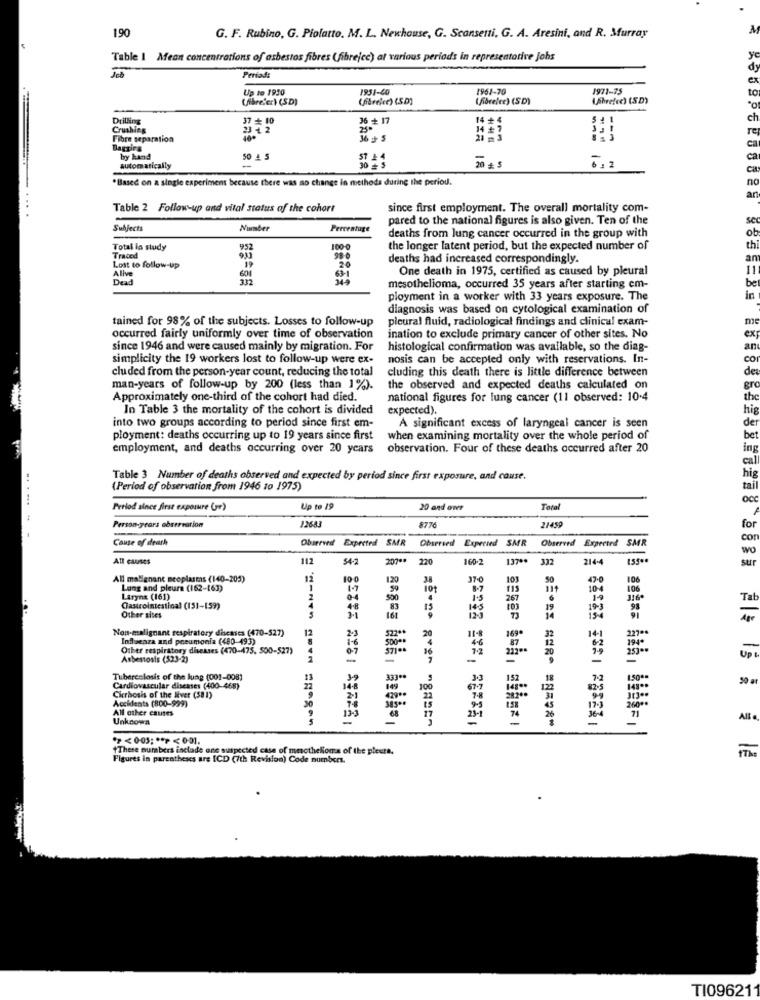
061
G. F. Rubino, G. Piofatto. M. L. Newhouse, G. Scansenti, G. A. Aresini, and R. Murray
Table I Mean concentrations of asbestos fibres (fibrejcc) at various periods in representative Johs
y
dy
Periad:
ex
Up to 1950
1931-40
1961-70
1971-75
to
(fibre'er) (SD)
(fibrefee) (SD)
(fibrelee) (SD)
brefce) (SD)
Drilling
37 + 10
36 + 17
14 +
ch
Crushing
23 42
250
14 # 7
re
Fibre separation
Baggirg
ca
by hand
50
ca
automatically
20 + 5
6,2
ca
.Based on a single experiment because there was no change in methods during the period.
no
ar
Table 2 Follow-up and vital status of the cohort
since first employment. The overall mortality com-
pared to the national figures is also given. Ten of the
se
Subjects
Number
Percentage
deaths from lung cancer occurred in the group with
Total la study
952
100-0
the longer latent period, but the expected number of
th
Traced
9,33
deaths had increased correspondingly.
an
Lost to follow-up
Alive
19
One death in 1975, certified as caused by pleural
11
Dead
601
mesothelioma, occurred 35 years after starting em-
be
ployment in a worker with 33 years exposure. The
in
diagnosis was based on cytological examination of
tained for 98% of the subjects. Losses to follow-up
pleural fluid, radiological findings and clinical exam-
m
occurred fairly uniformly over time of observation
ination to exclude primary cancer of other sites. No
ex
since 1946 and were caused mainly by migration. For
histological confirmation was available, so the diag-
an
simplicity the 19 workers lost to follow-up were ex-
nosis can be accepted only with reservations. In-
co
cluded from the person-year count, reducing the total
cluding this death there is little difference between
de
man-years of follow-up by 200 (less than 1%).
the observed and expected deaths calculated on
gr
Approximately one-third of the cohort had died.
national figures for lung cancer (11 observed: 10.4
the
In Table 3 the mortality of the cohort is divided
expected).
hi
into two groups according to period since first em-
A significant excess of laryngeal cancer is seen
der
ployment: deaths occurring up to 19 years since first
when examining mortality over the whole period of
bet
employment, and deaths occurring over 20 years
observation. Four of these deaths occurred after 20
ing
cal
Table 3 Number of deaths observed and expected by period since first exposure, and cause.
hig
(Period of observation from 1946 to 1975)
tail
Period since first exposure (r)
Up to 19
20 and over
Total
Person-years observation
12683
8776
21459
for
-
Cause of deark
Observed Expected SMR
Observed Expected SMR
Observed Expected SMR
cor
w
All causes
112
$4-2
207 **
220
160-2
137 **
33
214-4
sur
All malignant neoplasms (140-203)
12
1.20
37-C
101
47-0
106
Long and pleure (162-[63)
1
101
115
10-4
106
Larynx (161)
2
500
267
19
316*
Tat
Gastrointestinal (151-159)
48
83
15
19
193
Other sites
3.1
161
14
154
Ag
Non-malignant respiratory diseases (470-527)
12
1144
269*
14-1
227*
Influenza and pneumonia (480-493)
1-6
2.3
500-0
522 **
20
46
87
32
12
194*
Other respiratory diseases (470-475, 500-527)
16
20
6-2
-
Asbestosis (523-2)
-
-
-
Up
Tubercolosis of the luag (001-008)
152
1.50 **
50 ar
Cardiovascular diseases (400-468)
100
67.7
12
82-5
Cirrhosis of the liver (581)
Accidents (800-999)
2-1
429 **
11500
18
All other causes
30
123
26000
71
Unknown
CONTO nova ogagan
-
-
18221
Alt
.><00 ;** P<00
"These numbers inctade one suspected case of mesothelioma of the pleute.
Figures in parentheses are [CD (7th Revision) Code numbers.
TI096211